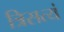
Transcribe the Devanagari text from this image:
त्रिसत्यं